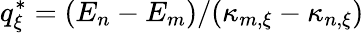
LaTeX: q_{\xi}^{*}=(E_{n}-E_{m})/(\kappa_{m,\xi}-\kappa_{n,\xi})